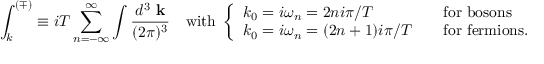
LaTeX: \int _ { k } ^ { ( \mp ) } \equiv i T \sum _ { n = - \infty } ^ { \infty } \int { \frac { d ^ { 3 } \mathrm { \bf ~ k } } { ( 2 \pi ) ^ { 3 } } } \quad \mathrm { w i t h ~ } \left\{ \begin{array} { l l } { { k _ { 0 } = i \omega _ { n } = 2 n i \pi / T \quad } } & { { \mathrm { f o r ~ b o s o n s } } } \\ { { k _ { 0 } = i \omega _ { n } = ( 2 n + 1 ) i \pi / T \quad } } & { { \mathrm { f o r ~ f e r m i o n s } . } } \end{array} \right.